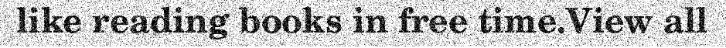
like reading books in free time.View all